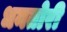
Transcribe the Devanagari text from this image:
धनतोरी